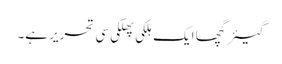
گیئرگچھا ایک ہلکی پھلکی سی تحریر ہے۔